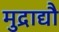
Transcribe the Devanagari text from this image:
मुद्राद्यौ